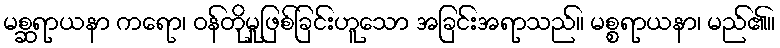
မစ္ဆရာယနာ ကရော၊ ဝန်တိုမှုဖြစ်ခြင်းဟူသော အခြင်းအရာသည်။ မစ္စရာယနာ၊ မည်၏။